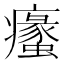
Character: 𱱯